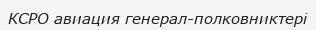
КСРО авиация генерал-полковниктері